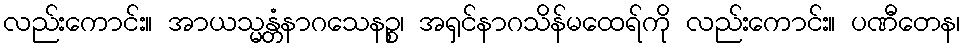
လည်းကောင်း။ အာယသ္မန္တံနာဂသေနဉ္စ၊ အရှင်နာဂသိန်မထေရ်ကို လည်းကောင်း။ ပဏီတေန၊